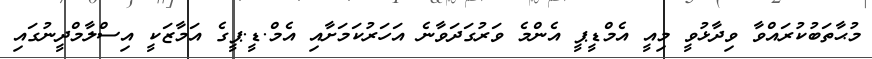
މުޙާތަބުކުރައްވާ ވިދާޅުވީ މިއީ އެމްޑީޕީ އެންމެ ވަރުގަދަވާނެ އަހަރުކަމަށާއި އެމް.ޑީ.ޕީގެ އަމާޒަކީ އިސްލާމްދީނުގައި